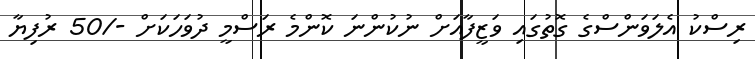
ރިސްކު އެލަވަންސްގެ ގޮތުގައި ވަޒީފާއަށް ނުކުންނަ ކޮންމެ ރަސްމީ ދުވަހަކަށް -/50 ރުފިޔާ